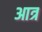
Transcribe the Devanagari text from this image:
आत्र